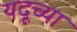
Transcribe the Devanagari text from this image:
यदूच्या